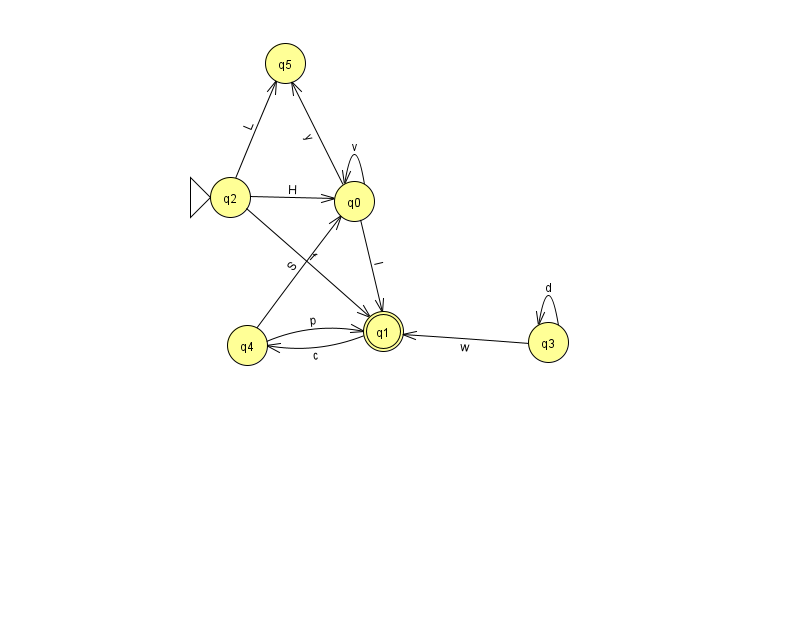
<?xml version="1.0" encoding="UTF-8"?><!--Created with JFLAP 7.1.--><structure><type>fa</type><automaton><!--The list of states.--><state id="0" name="q0"><x>354.0</x><y>188.0</y></state><state id="1" name="q1"><x>383.0</x><y>318.0</y><final/></state><state id="2" name="q2"><x>230.0</x><y>184.0</y><initial/></state><state id="3" name="q3"><x>548.0</x><y>329.0</y></state><state id="4" name="q4"><x>247.0</x><y>332.0</y></state><state id="5" name="q5"><x>285.0</x><y>50.0</y></state><!--The list of transitions.--><transition><from>2</from><to>5</to><read>L</read></transition><transition><from>3</from><to>1</to><read>w</read></transition><transition><from>0</from><to>5</to><read>y</read></transition><transition><from>3</from><to>3</to><read>d</read></transition><transition><from>0</from><to>0</to><read>v</read></transition><transition><from>2</from><to>1</to><read>f</read></transition><transition><from>4</from><to>0</to><read>S</read></transition><transition><from>1</from><to>4</to><read>c</read></transition><transition><from>4</from><to>1</to><read>p</read></transition><transition><from>0</from><to>1</to><read>I</read></transition><transition><from>2</from><to>0</to><read>H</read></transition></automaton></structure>